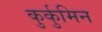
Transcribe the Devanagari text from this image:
कुर्कुमिन